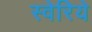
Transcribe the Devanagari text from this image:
स्वेरिये